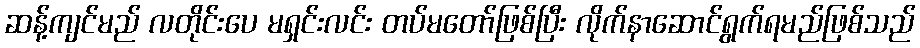
ဆန့်ကျင်မည် လတိုင်းပေ မရှင်းလင်း တပ်မတော်ဖြစ်ပြီး လိုက်နာဆောင်ရွက်ရမည်ဖြစ်သည်